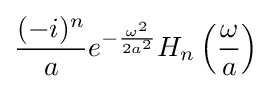
{\frac {(-i)^{n}}{a}}e^{-{\frac {\omega ^{2}}{2a^{2}}}}H_{n}\left({\frac {\omega }{a}}\right)